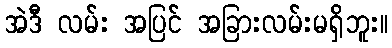
အဲဒီ လမ်း အပြင် အခြားလမ်းမရှိဘူး။